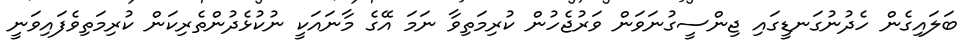
ބަލައިގެން ހެދުނުގަނޑީގައި ޖިންސީގުނަވަން ވަރުޖެހުން ކުރިމަތިވާ ނަމަ އޭގެ މާނައަކީ ނުކުޅެދުންތެރިކަން ކުރިމަތިވެފައިވަނީ